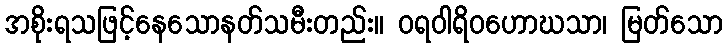
အစိုးရသဖြင့်နေသောနတ်သမီးတည်း။ ဝရဝါရိဝဟောဃသာ၊ မြတ်သော